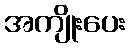
အကျိုးပေး